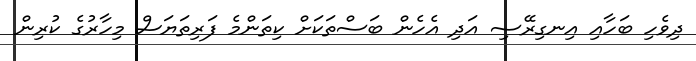
ދިވެހި ބަހާއި އިނގިރޭސި އަދި އެހެން ބަސްތަކަށް ކިތަންމެ ފަރިތަޔަސް މިހާރުގެ ކުރިން